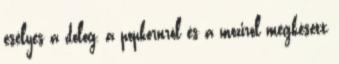
esélyes a dolog, a popkornról és a moziról megkésett